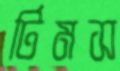
টিমস